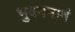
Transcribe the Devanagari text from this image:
भुवनमानं